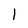
Character: l